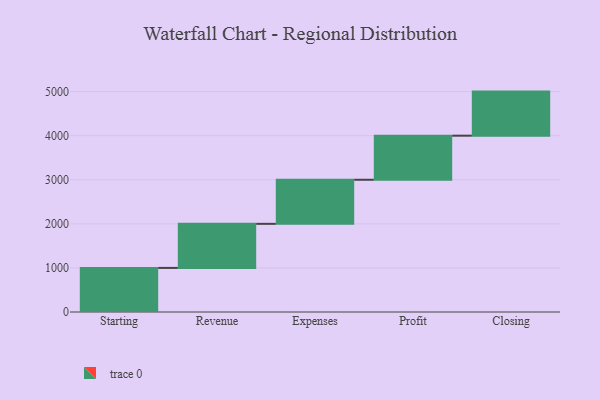
{"axis": {"x": "Step", "y": "Value"}, "legend": [""], "data": [{"x": "Starting", "y": 1000, "type": ""}, {"x": "Revenue", "y": 1000, "type": ""}, {"x": "Expenses", "y": 1000, "type": ""}, {"x": "Profit", "y": 1000, "type": ""}, {"x": "Closing", "y": 1000, "type": ""}]}